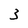
Character: 3